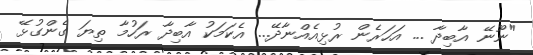
"ނޫނޭ އާބިދާ ... އަހަރެން ރުޅިއެއްނާދޭ.... އެކަމަކު އާބިދާ ރަހުމާ ތިޔަ ގެންގުޅޭ